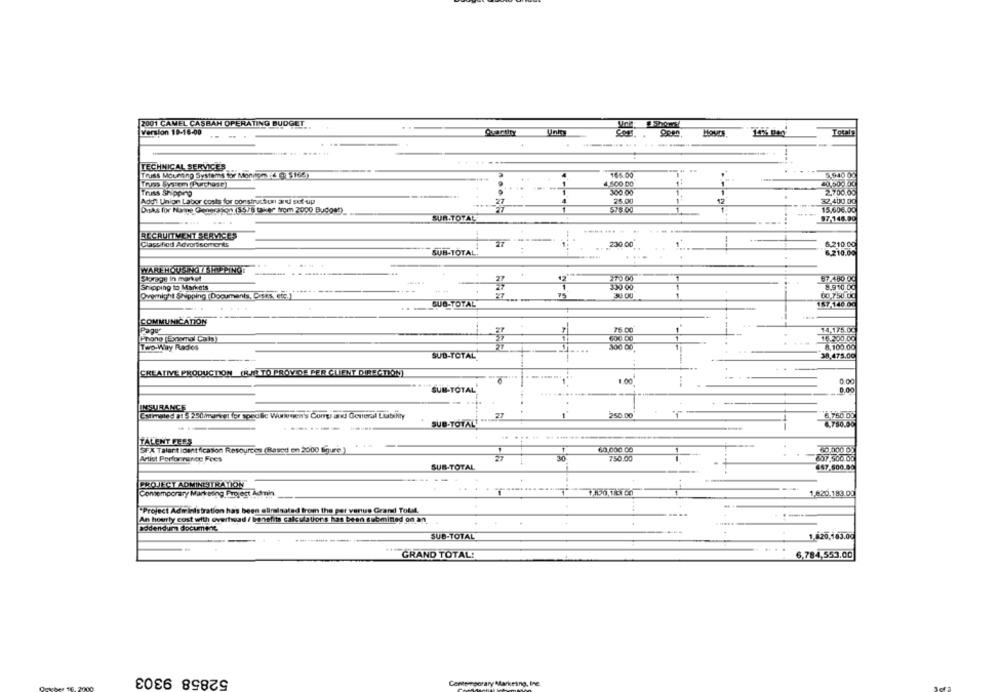
2001 CAMEL CASBAH OPERATING BUDGET
Version 19-16:00
barth
Unit
TECHNICAL SERVICES
Truss Moning Systems for Monipan :6 01 5165]
...
5.940 00
Trups System (Purchase)
40,000 00
Truss Shipping
2.700.00
Add1 Union Labor costs for construction ardi out up
27
32.400.00
888 3
12
15.606.00
Disks for hamme Generason (SS/8 taker trom 2000 Bu0992)
SUN.TOTAL
97-145.90
RECRUITMENT SERVICES
---
Classified Advertisements
27
230.00
1
6,210.00
SUB-TOTAL:
6.210.00
WAREHOUSING / SHOPPING
270 00
977.80 00
Storage In market
Snipping to Markets
....
330 00
8.910.00
Ovymight Shipping Documents, Dasis, etc.)
30.00
00 750 00
SUB-TOTAL
157-146.66
COMMUNICATION
Page
75 00
14,175.00
Phone (Exsmal Cals)
16.200.00
40,00
8,100.00
Two-Way Rados
SUB-TOTAL
38,475.00
CREATIVE PRODUCTION (RIE TO PROVIDE PER CLIENT DIRECTION
1.00
0.00
0.00
SUB-TOTAL
INSURANCE
CMlimales p: $ 250/marcel for specific Wurlugen's Comp arki General Liability
1
250.00
SUB-TOTAL!
6.750.00
TALENT FEES
SFX Talent loentification Resources (Rased en 2000 figure )
60.000 01
30
750:00
607,500.00
Artist Performance Fees
SUB-TOTAL
667.500.00
PROJECT ADMINISTRATION
Contemporary Markeong Project Admin
1,820.183.00
"Project Adirinistration has been eliminated from the per venus Grand Total.
An hourly cost with overhead / benefits calculations has been submitted on an
addendum document
SUB-TOTAL
1.420,163.00
GRAND TOTAL:
6,784,553.00
52858 9303
Contemporary Marketing, Ine.